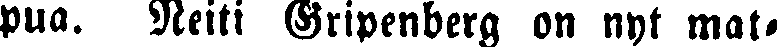
pua. Neiti Gripenberg on nyt mat-